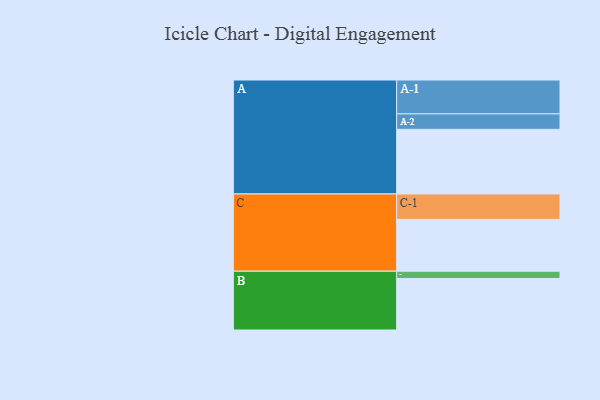
{"axis": {"x": "Segment", "y": "Value"}, "legend": ["", "A", "B", "C"], "data": [{"x": "A", "y": 563, "type": ""}, {"x": "B", "y": 449, "type": ""}, {"x": "C", "y": 452, "type": ""}, {"x": "A-1", "y": 295, "type": "A"}, {"x": "A-2", "y": 135, "type": "A"}, {"x": "B-1", "y": 63, "type": "B"}, {"x": "C-1", "y": 221, "type": "C"}]}